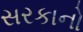
સરકાનો